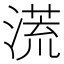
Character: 㵁